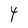
Character: Y